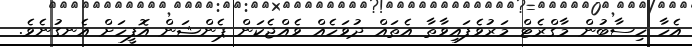
އެހާ ހިސާބުން މާގްރެޓް މަރުވެފައިވާތާ އެތައް ދުވަހެއް ވެއްޖެކަން ޕެންޝަން އޮފީހަށް އެނގުނެވެ.